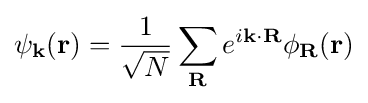
\psi _{\mathbf {k} }(\mathbf {r} )={\frac {1}{\sqrt {N}}}\sum _{\mathbf {R} }e^{i\mathbf {k} \cdot \mathbf {R} }\phi _{\mathbf {R} }(\mathbf {r} )